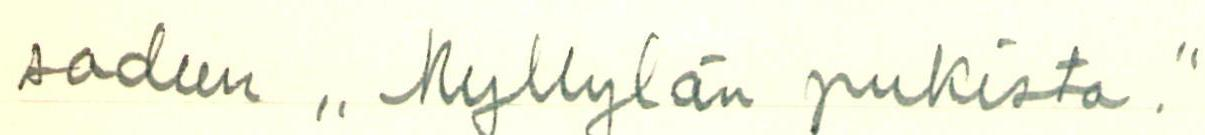
sadun ,, Myllylän pukista."